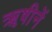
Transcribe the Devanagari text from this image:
ॠषीनें